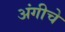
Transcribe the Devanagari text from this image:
अंगीचे